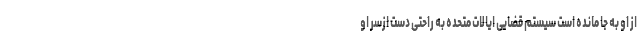
از او به جا مانده است سیستم قضایی ایالات متحده به راحتی دست ازسر او